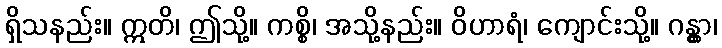
ရှိသနည်း။ ဣတိ၊ ဤသို့။ ကစ္စိ၊ အသို့နည်း။ ဝိဟာရံ၊ ကျောင်းသို့။ ဂန္တွာ၊